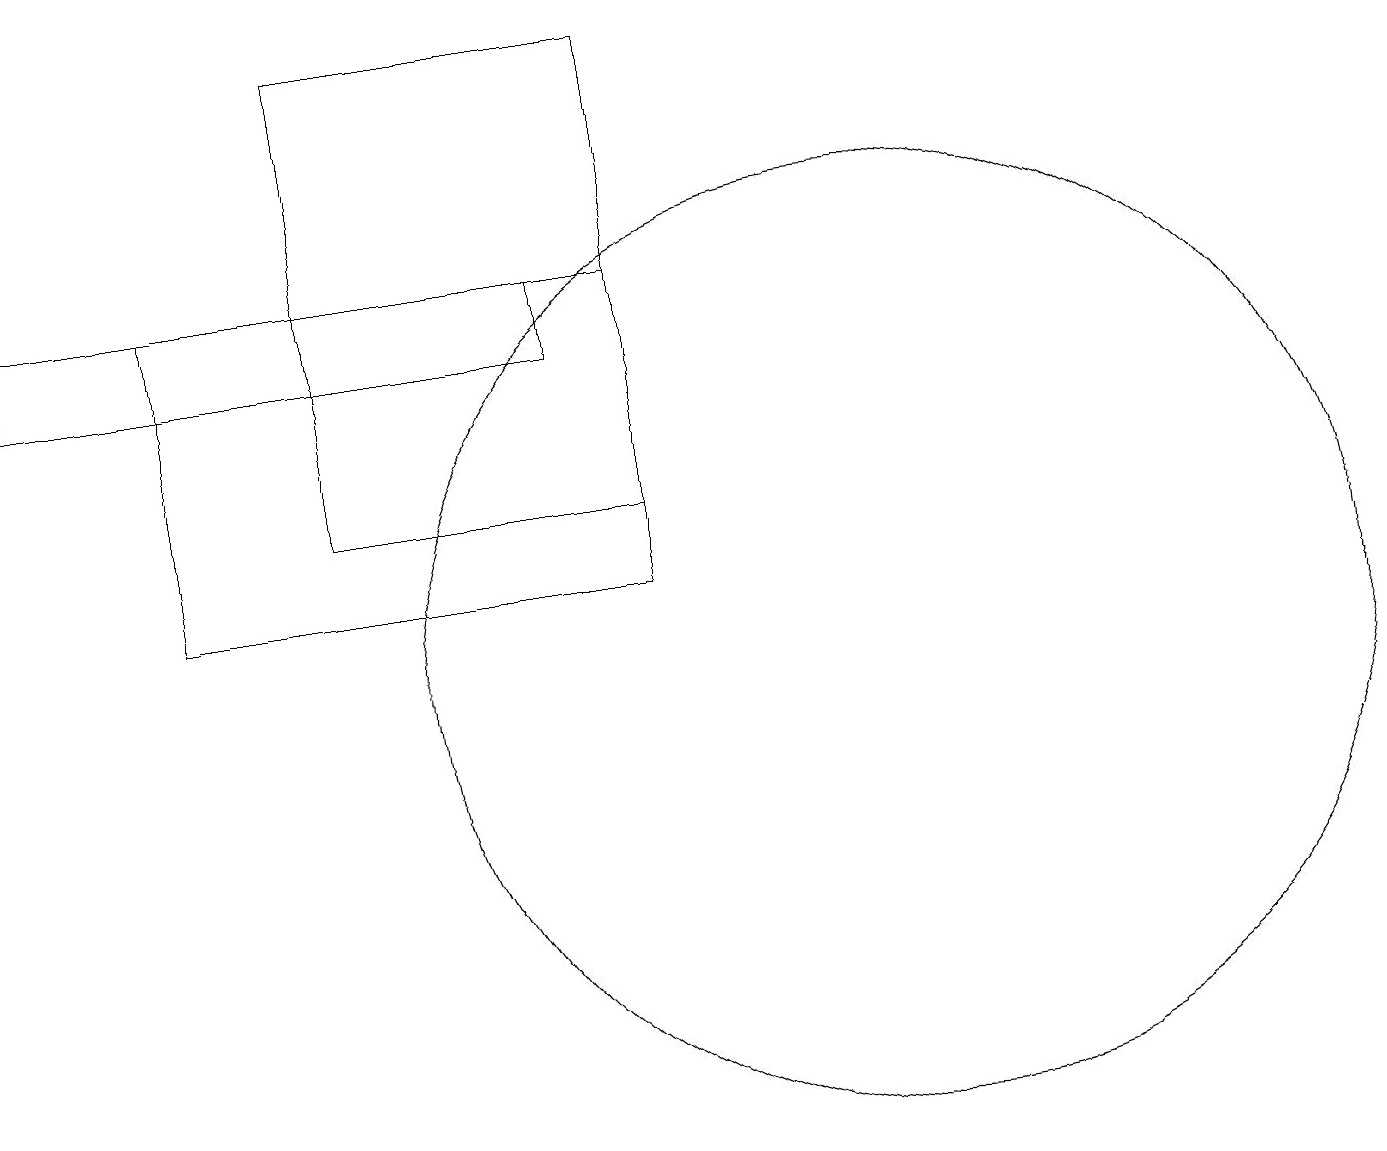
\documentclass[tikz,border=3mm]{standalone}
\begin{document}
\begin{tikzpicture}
\draw (8,15) rectangle (2,11);
\draw (0,14) rectangle (7,15);
\draw (8,18) rectangle (4,12);
\draw (10,11) circle (0);
\draw (11,10) circle (6);
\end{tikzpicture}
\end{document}